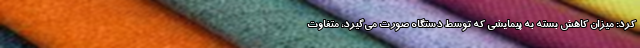
کرد: میزان کاهش بسته به پیمایشی که توسط دستگاه صورت می‌گیرد، متفاوت